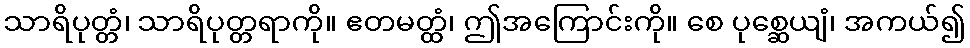
သာရိပုတ္တံ၊ သာရိပုတ္တရာကို။ ဧတမတ္ထံ၊ ဤအကြောင်းကို။ စေ ပုစ္ဆေယျံ၊ အကယ်၍